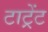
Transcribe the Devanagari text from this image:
टाट्रेंट